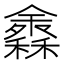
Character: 𥣠